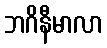
ဘဂိနီမာလာ